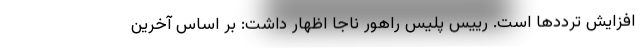
افزایش ترددها است. رییس پلیس راهور ناجا اظهار داشت: بر اساس آخرین